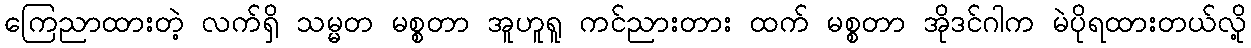
ကြေညာထားတဲ့ လက်ရှိ သမ္မတ မစ္စတာ အူဟူရူ ကင်ညားတား ထက် မစ္စတာ အိုဒင်ဂါက မဲပိုရထားတယ်လို့